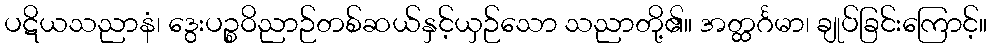
ပဋိယသညာနံ၊ ဒွေးပဉ္စဝိညာဉ်တစ်ဆယ်နှင့်ယှဉ်သော သညာတို့၏။ အတ္ထင်္ဂမာ၊ ချုပ်ခြင်းကြောင့်။